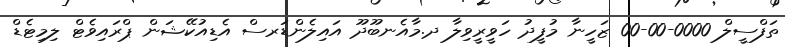
ތަފްސީލް 0000-00-00 ޒަހީނާ މުފީދު ހަވީރީވިލާ ދ.މާއެނބޫދޫ އައިލެންޑަރސް އެޑިއުކޭޝަން ޕްރައިވެޓް ލިމިޓެޑް